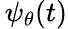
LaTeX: \, \psi_{\theta}(t)